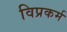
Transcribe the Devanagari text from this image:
विप्रकर्म